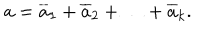
a = { \overline { { a } } _ { 1 } } + { \overline { { a } } _ { 2 } } + \ldots + { \overline { { a } } _ { k } } .